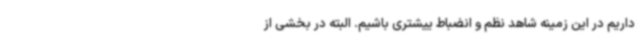
داریم در این زمینه شاهد نظم و انضباط ییشتری باشیم. البته در بخشی از